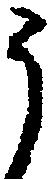
う